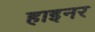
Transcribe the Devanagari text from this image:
हाइनर